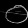
Digit: ၀